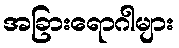
အခြားရောဂါများ